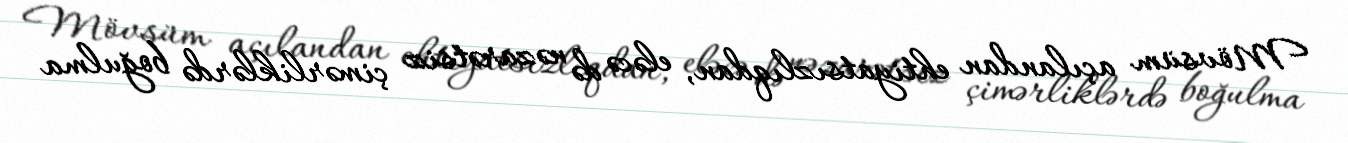
Mövsüm açılandan ehtiyatsızlıqdan, eləcə də nəzarətsiz çimərliklərdə boğulma